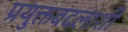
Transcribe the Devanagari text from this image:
प्रयुक्तबदलाशी